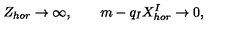
Z _ { h o r } \to \infty , \qquad m - q _ { I } X _ { h o r } ^ { I } \to 0 ,